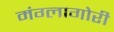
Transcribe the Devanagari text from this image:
मंग्लागोरी